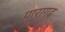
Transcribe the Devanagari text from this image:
पारागढ़